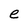
Character: e